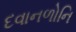
દવાનળોનિ